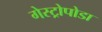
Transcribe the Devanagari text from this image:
गेस्ट्रोपोडा